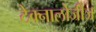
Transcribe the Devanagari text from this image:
टेक्नालोजीज